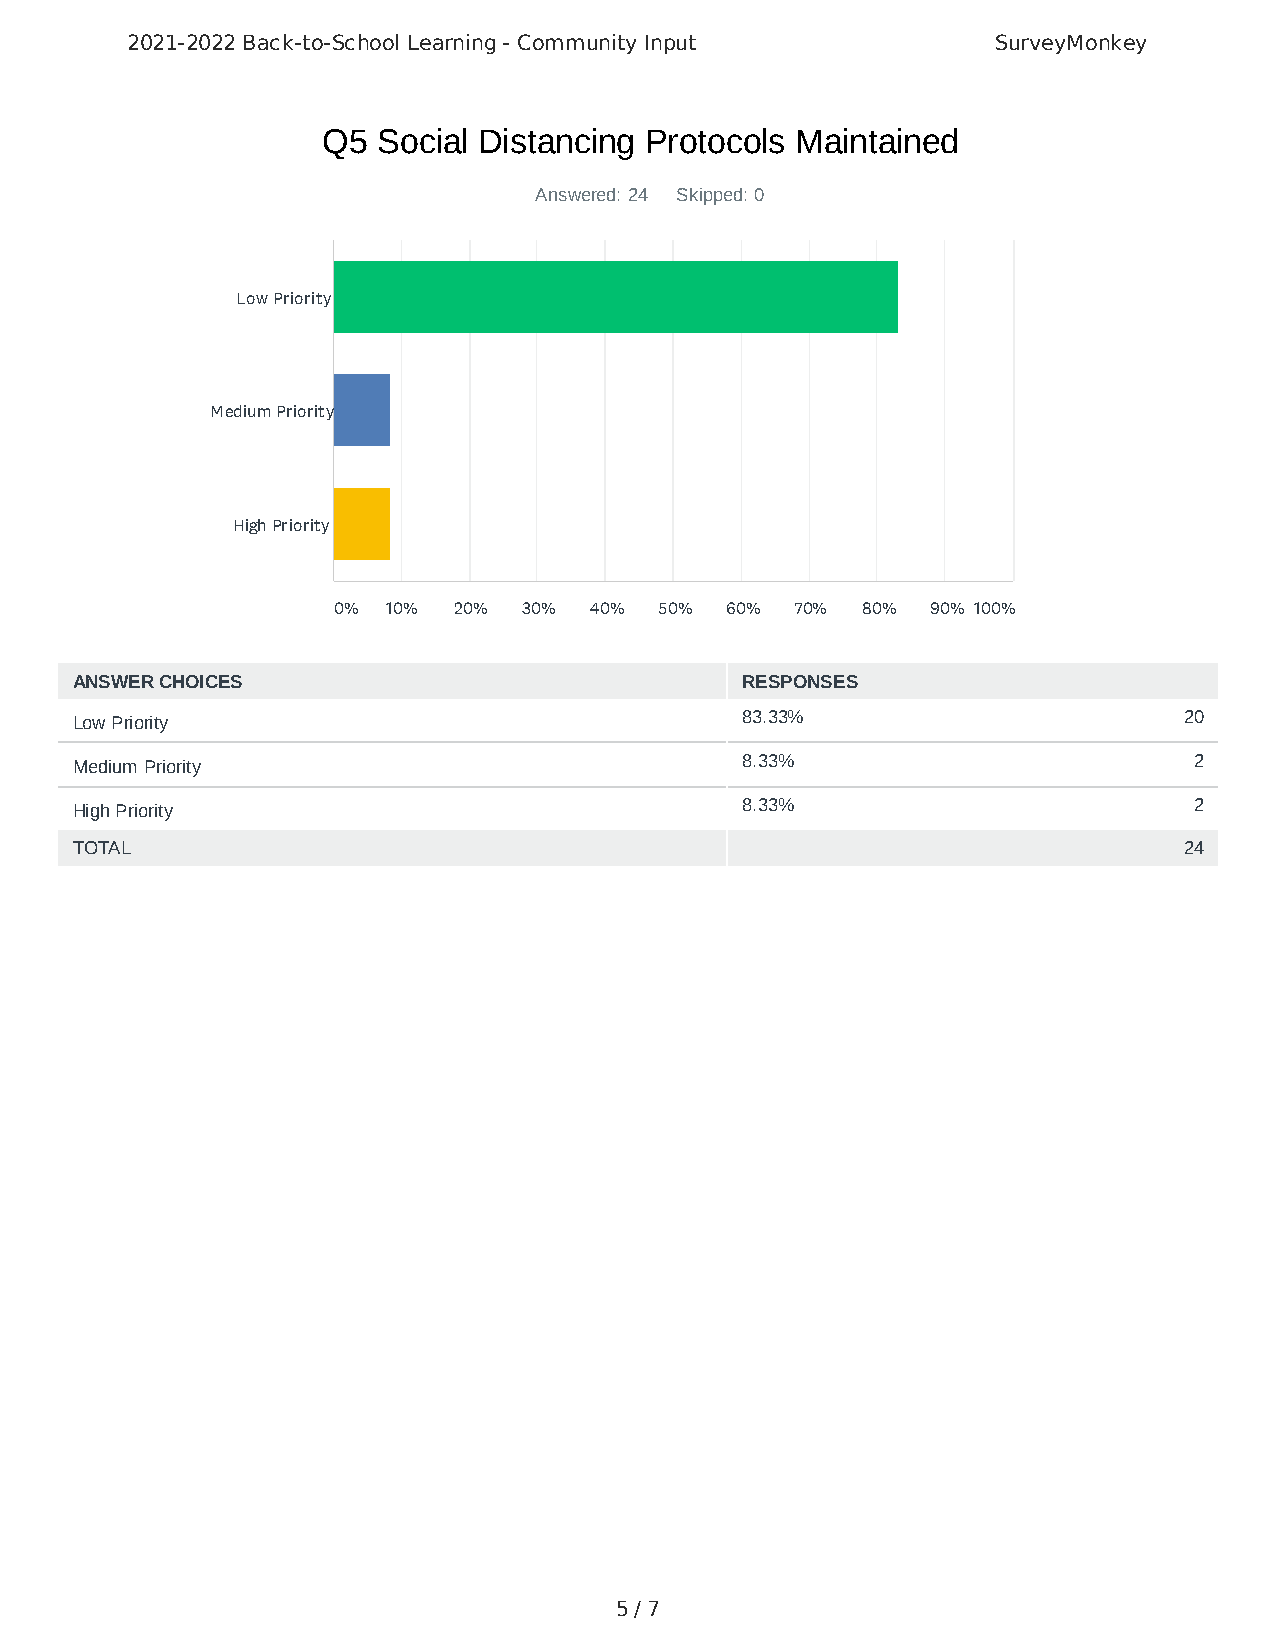
2021-2022 Back-to-School Learning - Community Input       SurveyMonkey
 Q5  Social Distancing Protocols Maintained
 Answered: 24 Skipped: 0
 Low Priority
 Medium Priority
 High Priority
 0%  10% 20%  30% 40%  50% 60%  70% 80%  90% 100%
 ANSWER CHOICES                              RESPONSES
 Low Priority                                83.33%                       20
 Medium Priority                             8.33%                         2
 High Priority                               8.33%                         2
 TOTAL                                                                    24
 5 / 7